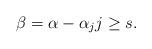
LaTeX: \begin{align*}\beta = \alpha - \alpha_j j \geq s.\end{align*}